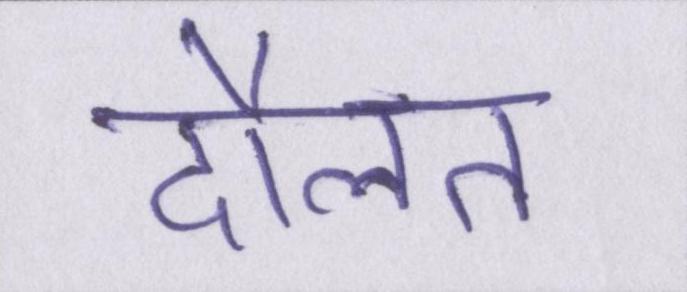
दौलत